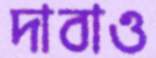
দাবাও